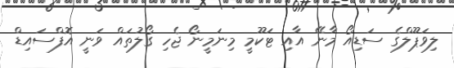
ލިވަޕޫލްގެ ސަޑިއޯ މާނޭ އާއި ޓަކޫމީ މިނަމީނޯ ޖެހި ގޯލުތައް ވަނީ އޮފްސައިޑް